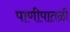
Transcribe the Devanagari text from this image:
पाणीपातळी